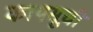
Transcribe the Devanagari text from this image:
कायसूची